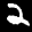
Label: 2